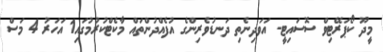
މީދޫ ކޯޕަރޭޓިވް ސޮސައިޓީ- އަވަދިނެތި ދަނޑުވެރިންގެ އުފެއްދުންތައް މާކެޓްކުރުމުގައި1 އަހަރު 4 މަސް